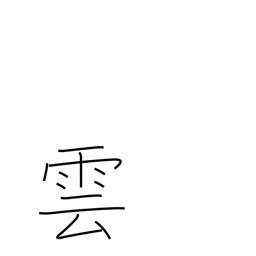
Meaning: cloud